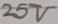
Text: 25V